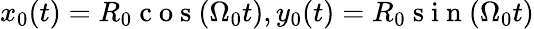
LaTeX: x_{0}(t)=R_{0}\mathrm{~c~o~s~}({\Omega}_{0}t),y_{0}(t)=R_{0}\mathrm{~s~i~n~}({\Omega}_{0}t)